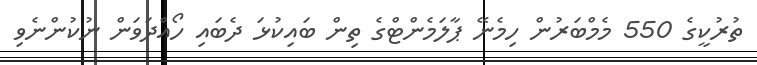
ތުރުކީގެ 550 މެމްބަރުން ހިމެނޭ ޕާލަމެންޓްގެ ތިން ބައިކުޅަ ދެބައި ހޯއްދަވަން ނުކުންނެވި